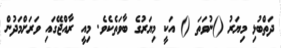
ދަތްބުޅި މިޔަރު ()ނުވަތަ () އަކީ މިޔަރުގެ ބާވަތެކެވެ. މިއީ ރާއްޖޭގައި ވަރަށްމަދުން